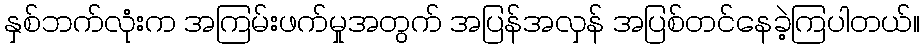
နှစ်ဘက်လုံးက အကြမ်းဖက်မှုအတွက် အပြန်အလှန် အပြစ်တင်နေခဲ့ကြပါတယ်။